Theory and practice of anti-rabic immunisation - Number 30
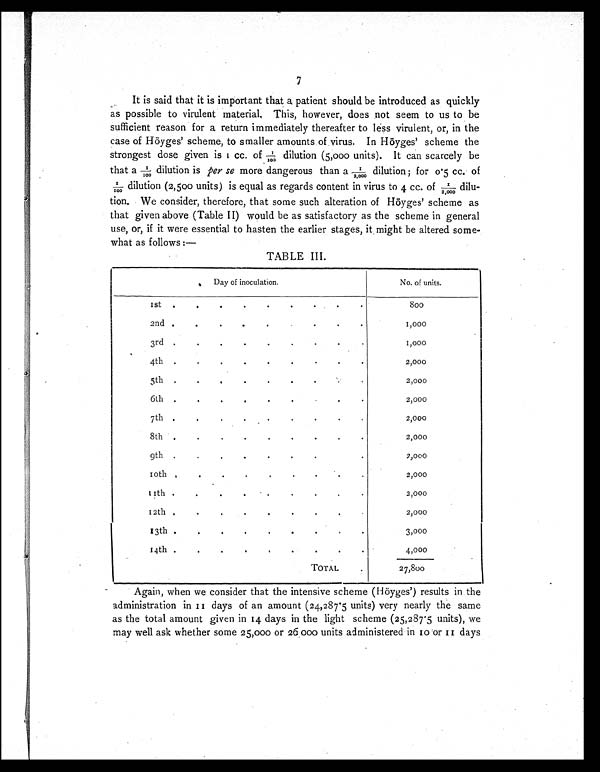
7
It is said that it is important that a patient should be introduced as quickly
as possible to virulent material. This, however, does not seem to us to be
sufficient reason for a return immediately thereafter to less virulent, or, in the
case of Höyges' scheme, to smaller amounts of virus. In Höyges' scheme the
strongest dose given is 1 cc. of 1/100 dilution (5,000 units). It can scarcely be
t hat a 1/ 100 di l ut i on i sp e r
s e
more dangerous than a 1/2000 dilution; for 0.5 cc. of
1/100 dilution (2,500 units) is equal as regards content in virus to 4 cc. of 1/100 dilu-
tion. We consider, therefore, that some such alteration of Höyges' scheme as
that given above (Table II) would be as satisfactory as the scheme in general
use, or, if it were essential to hasten the earlier stages, it might be altered some-
what as follows :—
TABLE III.
Day of inoculation.
No. of units.
1st
.
.
.
.
.
.
.
.
.
8 0 0
2nd .
.
.
.
.
•
.
.
.
1,000
3rd .
.
.
.
.
.
.
.
.
1,000
4th
.
.
.
.
.
.
•
.
.
2,000
5th .
.
.
.
.
.
.
.
2,000
6th
.
.
.
.
.
.
. . .
2,000
7th .
.
.
.
.
.
.
•
.
2,000
8th
.
.
.
.
.
.
. .
.
2,000
9th
.
. . . . . . .
2,000
• 1 0
t h
,
.
.
.
•
.
.
.
,
2,000
11th .
. . . . . . • . .
2,000
12th .
.
.
.
.
.
.
.
.
2,000
13th .
.
.
.
.
.
.
. .
3,000
14th .
.
.
. . . . . .
4,000
TOTAL
.
27,800
Again, when we consider that the intensive scheme (Höyges') results in the
administration in 11 days of an amount (24,287.5 units) very nearly the same
as the total amount given in 14 days in the light scheme (25,287.5 units), we
may well ask whether some 25,000 or 26,000 units administered in 10 or 11 days